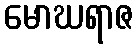
မောဃရာဇ